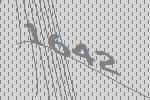
1642